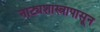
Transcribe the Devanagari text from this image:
नाट्यशास्त्रापासून